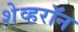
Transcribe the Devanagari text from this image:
शेव्हरॉन